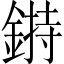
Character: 𨨲